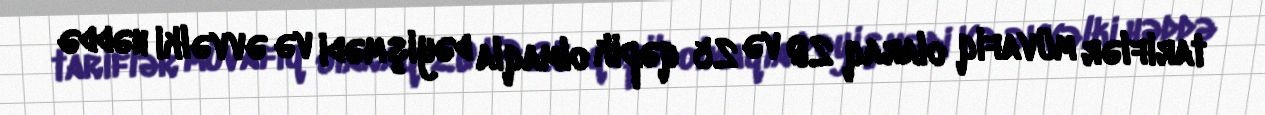
tariflər müvafiq olaraq 20 və 25 qəpik olmaqla dəyişmədi və əvvəlki həddə